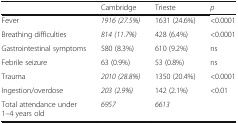
<table><thead><tr><td></td><td><b>Cambridge</b></td><td><b>Trieste</b></td><td><b><i>p</i></b></td></tr></thead><tbody><tr><td>Fever</td><td><i>1916 (27.5%)</i></td><td>1631 (24.6%)</td><td>&lt;0.0001</td></tr><tr><td>Breathing difficulties</td><td><i>814 (11.7%)</i></td><td>428 (6.4%)</td><td>&lt;0.0001</td></tr><tr><td>Gastrointestinal symptoms</td><td>580 (8.3%)</td><td>610 (9.2%)</td><td>ns</td></tr><tr><td>Febrile seizure</td><td>63 (0.9%)</td><td>53 (0.8%)</td><td>ns</td></tr><tr><td>Trauma</td><td><i>2010 (28.8%)</i></td><td>1350 (20.4%)</td><td>&lt;0.0001</td></tr><tr><td>Ingestion/overdose</td><td><i>203 (2.9%)</i></td><td>142 (2.1%)</td><td>&lt;0.01</td></tr><tr><td>Total attendance under 1–4 years old</td><td><i>6957</i></td><td><i>6613</i></td><td></td></tr></tbody></table>